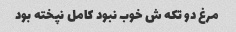
مرغ دو تکه ش خوب نبود کامل نپخته بود